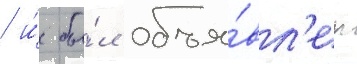
/ и́ бы́л объя́вл'ен